Report on vaccination for the Province of Oudh 1871 -
Year: 1871
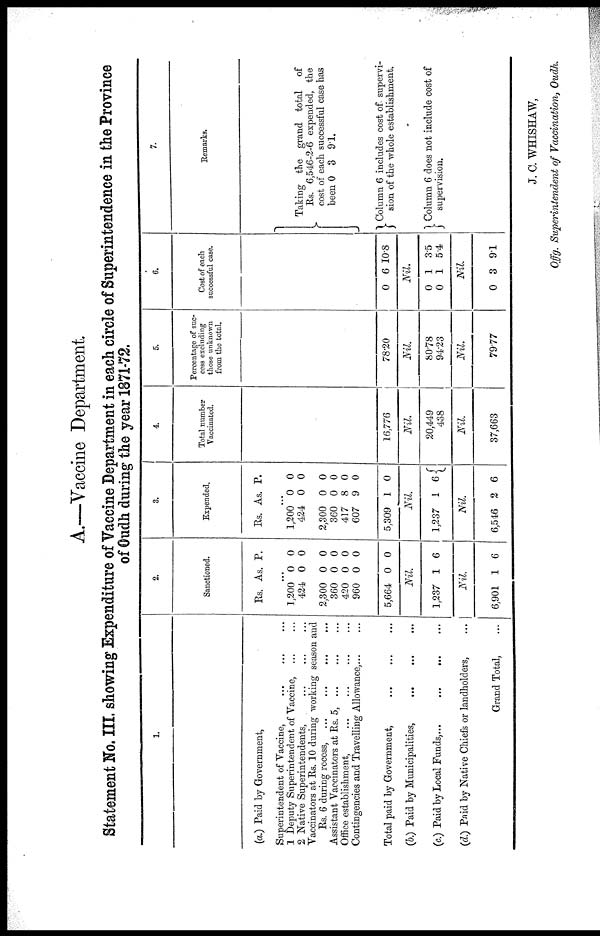
A.—Vaccine Department.
Statement No. III. showing Expenditure of Vaccine Department in each circle of Superintendence in the Province
of Oudh during the year 1871-72.
1.
(a.) Paid by Government,
Superintendent of Vaccine, ... ... ...
1 Deputy Superintendent of Vaccine, ... ...
2 Native Superintendents, ... ... ...
Vaccinators at Rs. 10 during working season and
Rs. 6 during recess, ...
... ... ...
Assistant Vaccinators at Rs. 5,... ... ...
Office establishment, ... ... ... ...
Contingencies and Travelling Allowance, ...
...
Total paid by Government,
...
... ...
(b.) Paid by Municipalities,
... ... ...
(c.) Paid by Local Funds,...
... ... ...
(d.) Paid by Native Chiefs or landholders, ...
Grand Total, ...
2.
Sanctioned.
Rs. As. P.
...
1,200
424
2,300
360
420
960
5,664
0
0
0
0
0
0
0
0
0
0
0
0
0
0
Nil.
1,237 1 6
Nil.
6,901 1 6
3.
Expended.
Rs. As. P.
...
1,200
424
2,300
360
417
607
5,309
0
0
0
0
8
9
1
0
0
0
0
0
0
0
Nil.
1,237 1 6
Nil.
6,546 2 6
4.
Total number
Vaccinated.
16,776
Nil.
20,449
438
Nil.
37,663
5.
Percentage of suc¬
cess excluding
those unknown
from the total.
78.20
Nil.
80.78
94.23
Nil.
79.77
6.
Cost of each
successful case.
0 6 I0.8
Nil.
0
0
1
1
3.5
5.4
Nil.
0 3 9.1
7.
Remarks.
Taking the grand total of
Rs. 6,546-2-6 expended, the
cost of each successful case has
been 0 3 9.1.
Column 6 includes cost of supervi¬
sion of the whole establishment.
Column 6 does not include cost of
supervision.
J. C. WHISHAW,
Offg. Superintendent of Vaccination, Oudh.